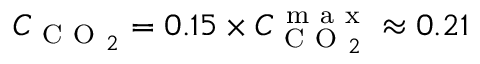
C _ { \mathrm { ~ C ~ O ~ } _ { 2 } } = 0 . 1 5 \times C _ { \mathrm { ~ C ~ O ~ } _ { 2 } } ^ { \mathrm { ~ m ~ a ~ x ~ } } \approx 0 . 2 1